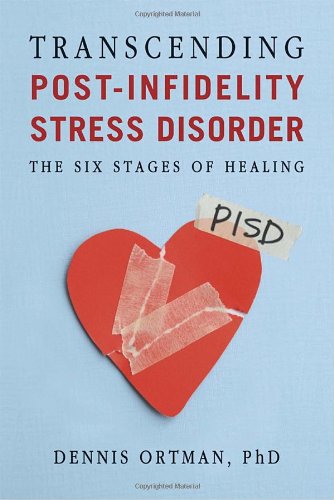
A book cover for Transcending Post-infidelity Stress Disorder (PISD): The Six Stages of Healing; Dennis C. Ortman; Health, Fitness & Dieting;